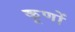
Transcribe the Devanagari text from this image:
कूणों